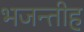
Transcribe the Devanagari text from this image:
भजन्तीह